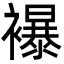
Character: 襮